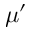
\mu ^ { \prime }